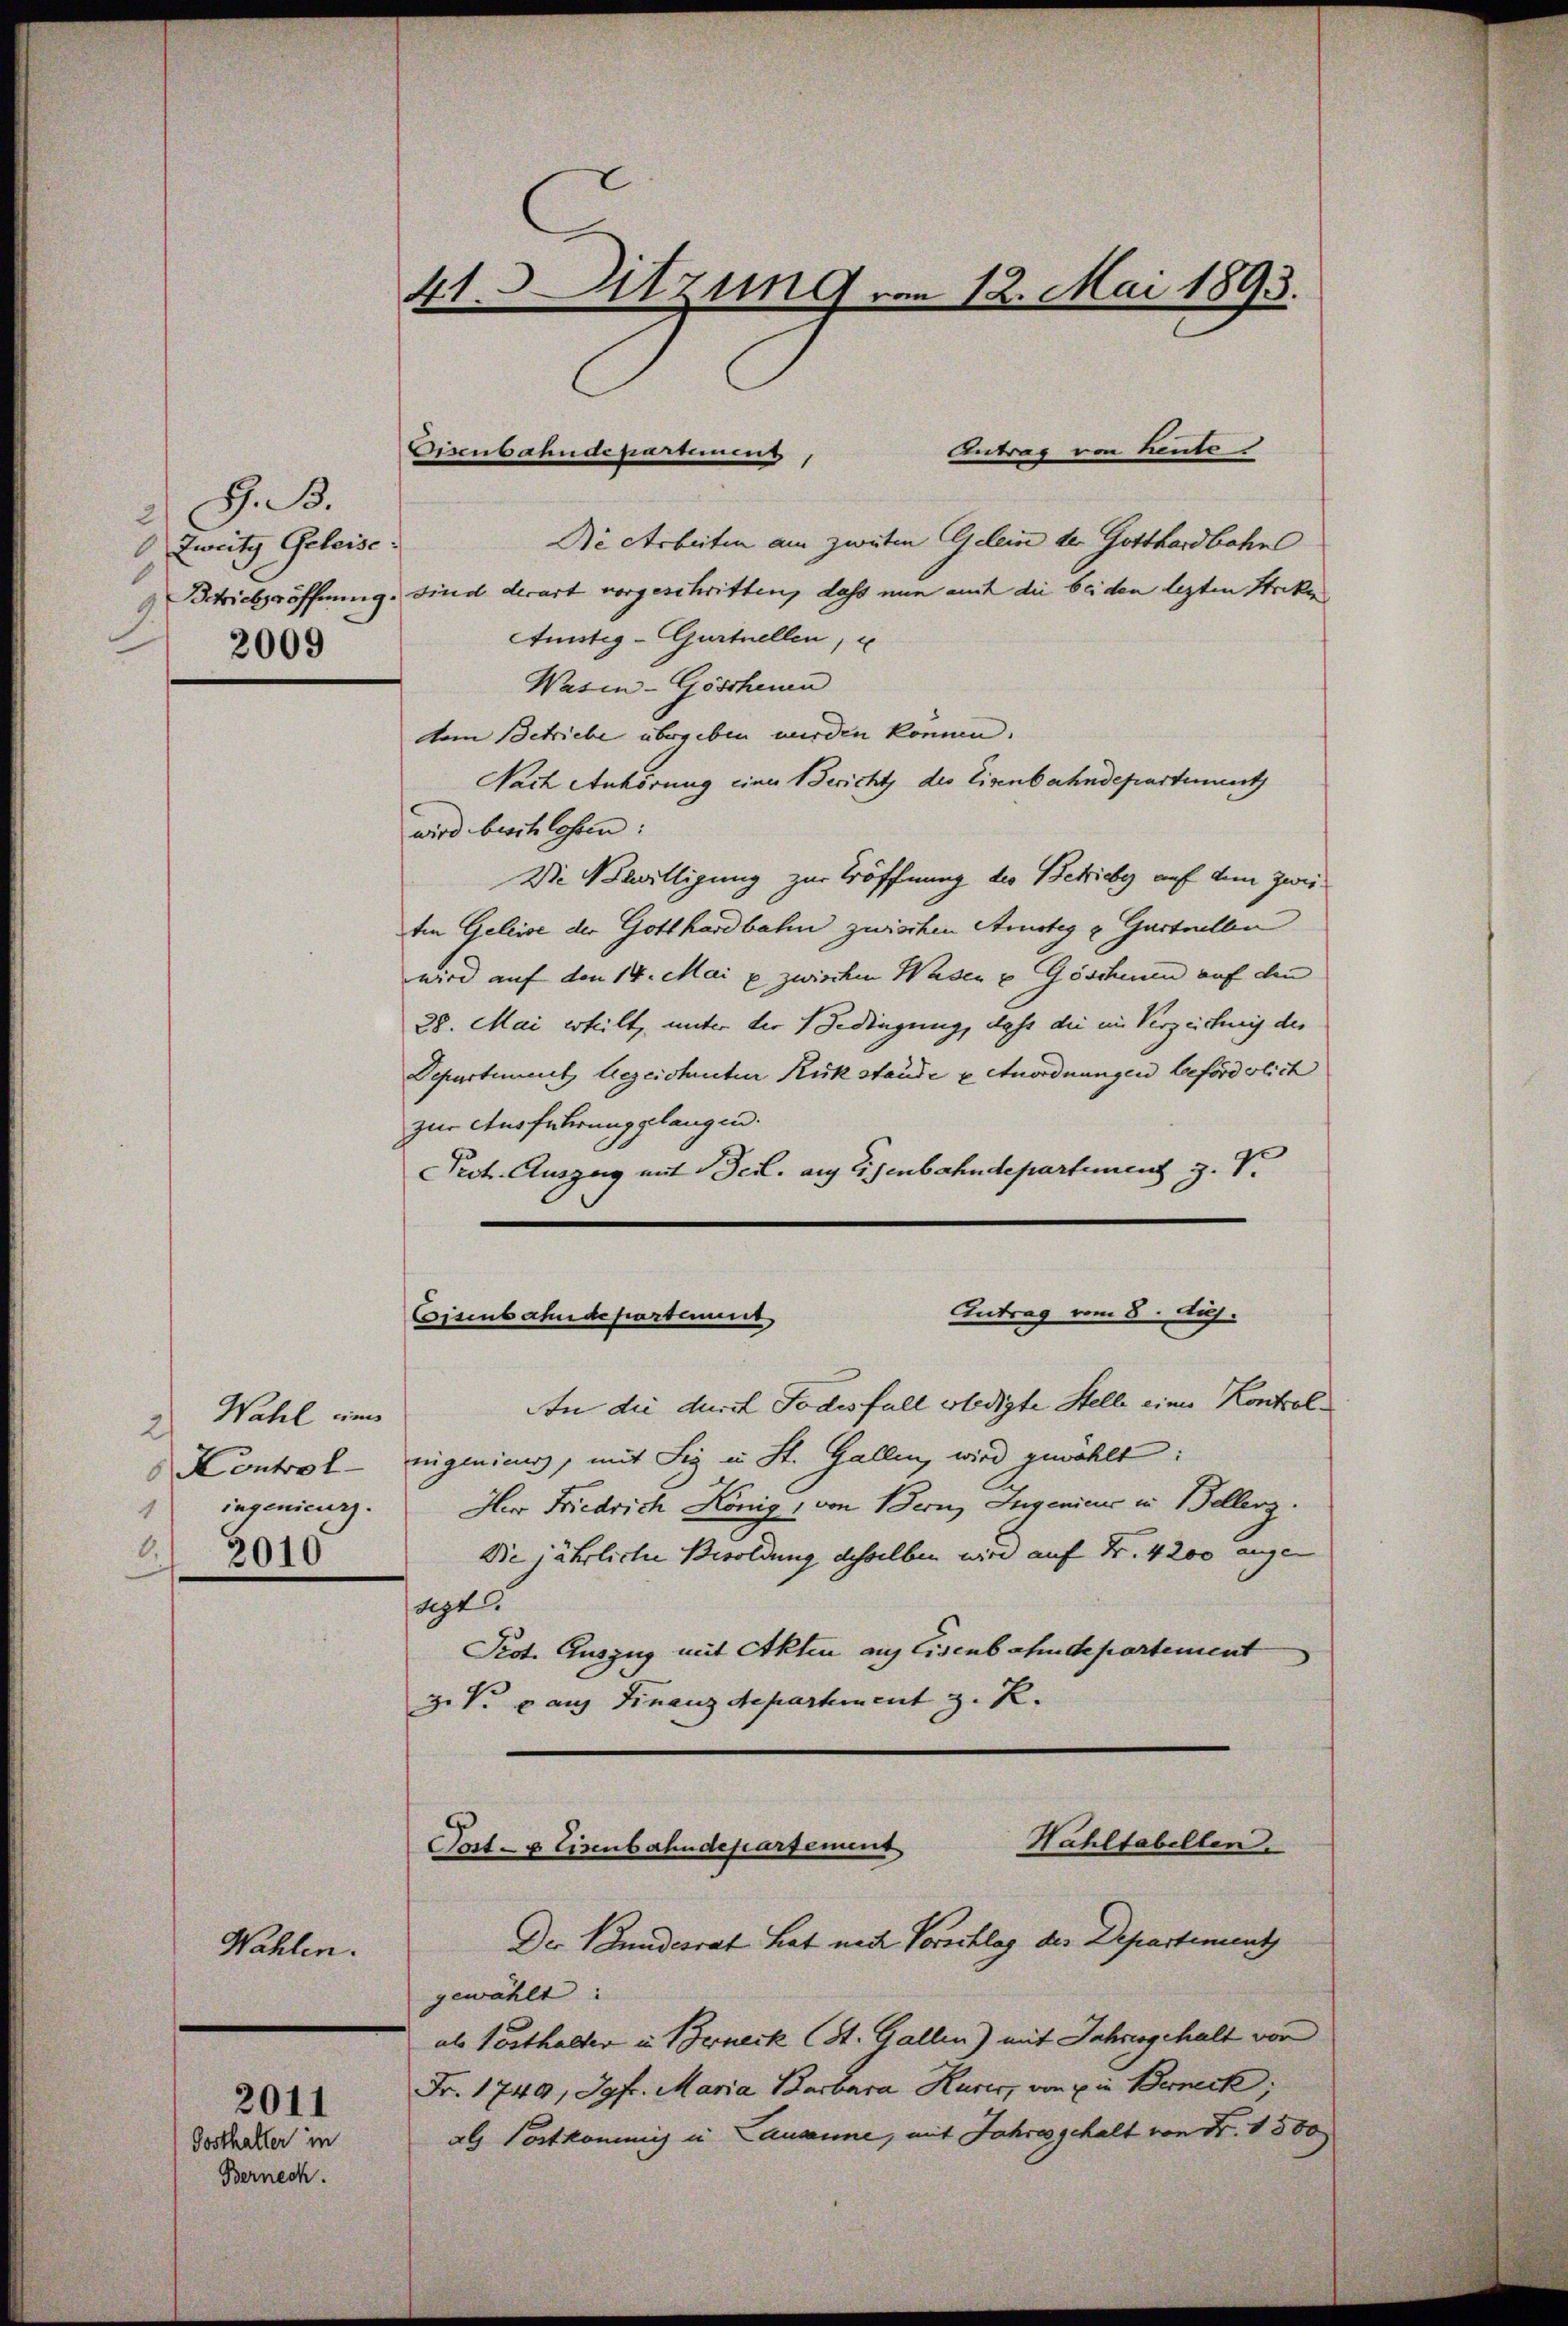
G. B.
2
Zweitz Geleisc
1
2009

Wahl ein
a
Kontrol
1
.
2010

Wahlen.

Gosthalter in
Bernech

2011

41. Sitzung von 12. Mai 1893.

Antrag von heute
Die Arbeiten am zweiten Gelein der Gotthardbahn
Betriebsröffnung sind derart vorgeschritten, dass nun auch die beiden lezten Striken
Amistig-Gurtnellen,
Wasin-Göschen
tem Betriebe übergeben wurden können.
Nach Anhörung einer Bericht des Eisenbahndepartient
wird beschlossen:
Die Bewilligung zur Eröffnung des Betriebes auf dem Zweiten Geleise der Gotthardbahn zwischen Ansteg u. Gartnelle
wird auf den 14. Mai p zwischen Wasen u Göschenen auf den
28. Mai erteilt, unter der Bedingung, daß die im Verzeichung des
Departement, bezeichenten Rükstande u Anordnungen beförderlich
zur Ausführung plangen.
Prot. Auszug mit Teil. auf Eisenbahndepartement z. S.

Eisenbahndepartement

Antrag vom 8. Aug.
Cisenbahndepartement

An die durch Todesfall erledigte Stelle einer Kontrolnigenieurs, mit Sig in St. Gallen, wird gewählt:
ingenieurs. Herr Friedrich König, von Bern, Jugenius in Beller.
Die jährliche Besoldung desselben wird auf Fr. 4200 ange
agt
Prot. Auszug mit Akten auf Eisenbahndepartement
z. V. auf Finanzdepartement z. R.

Hahltabellen.
Post- u Einbahndepartement
Der Bundesrat hat nach Vorschlag des Departement

gewählt:
als Posthalter in Berneck (St. Gallen) mit Jahresgehalt von
Fr. 1749, Jgfr. Maria Barbara Hurer, von die Berneck,
als Postkommis in Causanne, mit Jahres gehalt von Fr. 1880)